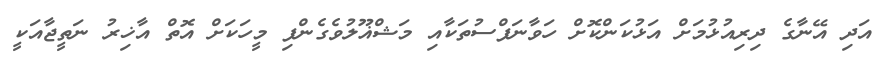
އަދި އޭނާގެ ދިރިއުޅުމަށް އަޅުކަންކޮށް ހަވާނަފްސުތަކާއި މަޝްޣޫލުވެގެންފި މީހަކަށް އޮތް އާޚިރު ނަތީޖާއަކީ